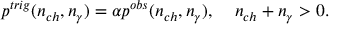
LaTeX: p ^ { t r i g } ( n _ { c h } , n _ { \gamma } ) = \alpha p ^ { o b s } ( n _ { c h } , n _ { \gamma } ) , \; \; \; \; n _ { c h } + n _ { \gamma } > 0 .